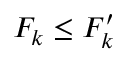
F _ { k } \le F _ { k } ^ { \prime }